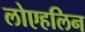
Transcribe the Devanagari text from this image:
लोएहलिन